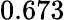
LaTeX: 0.673